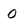
Character: 0